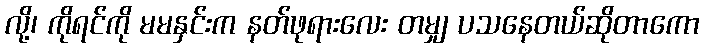
လို့၊ ကိုရင်ကို မမနှင်းက နတ်ဖုရားလေး တမျှ ပသနေတယ်ဆိုတာကော